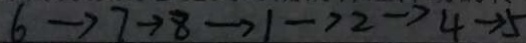
6 \rightarrow 7 \rightarrow 8 \rightarrow 1 \rightarrow 2 \rightarrow 4 \rightarrow 5